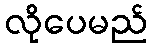
လိုပေမည်